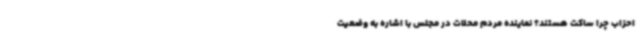
احزاب چرا ساکت هستند؟ نماینده مردم محلات در مجلس با اشاره به وضعیت